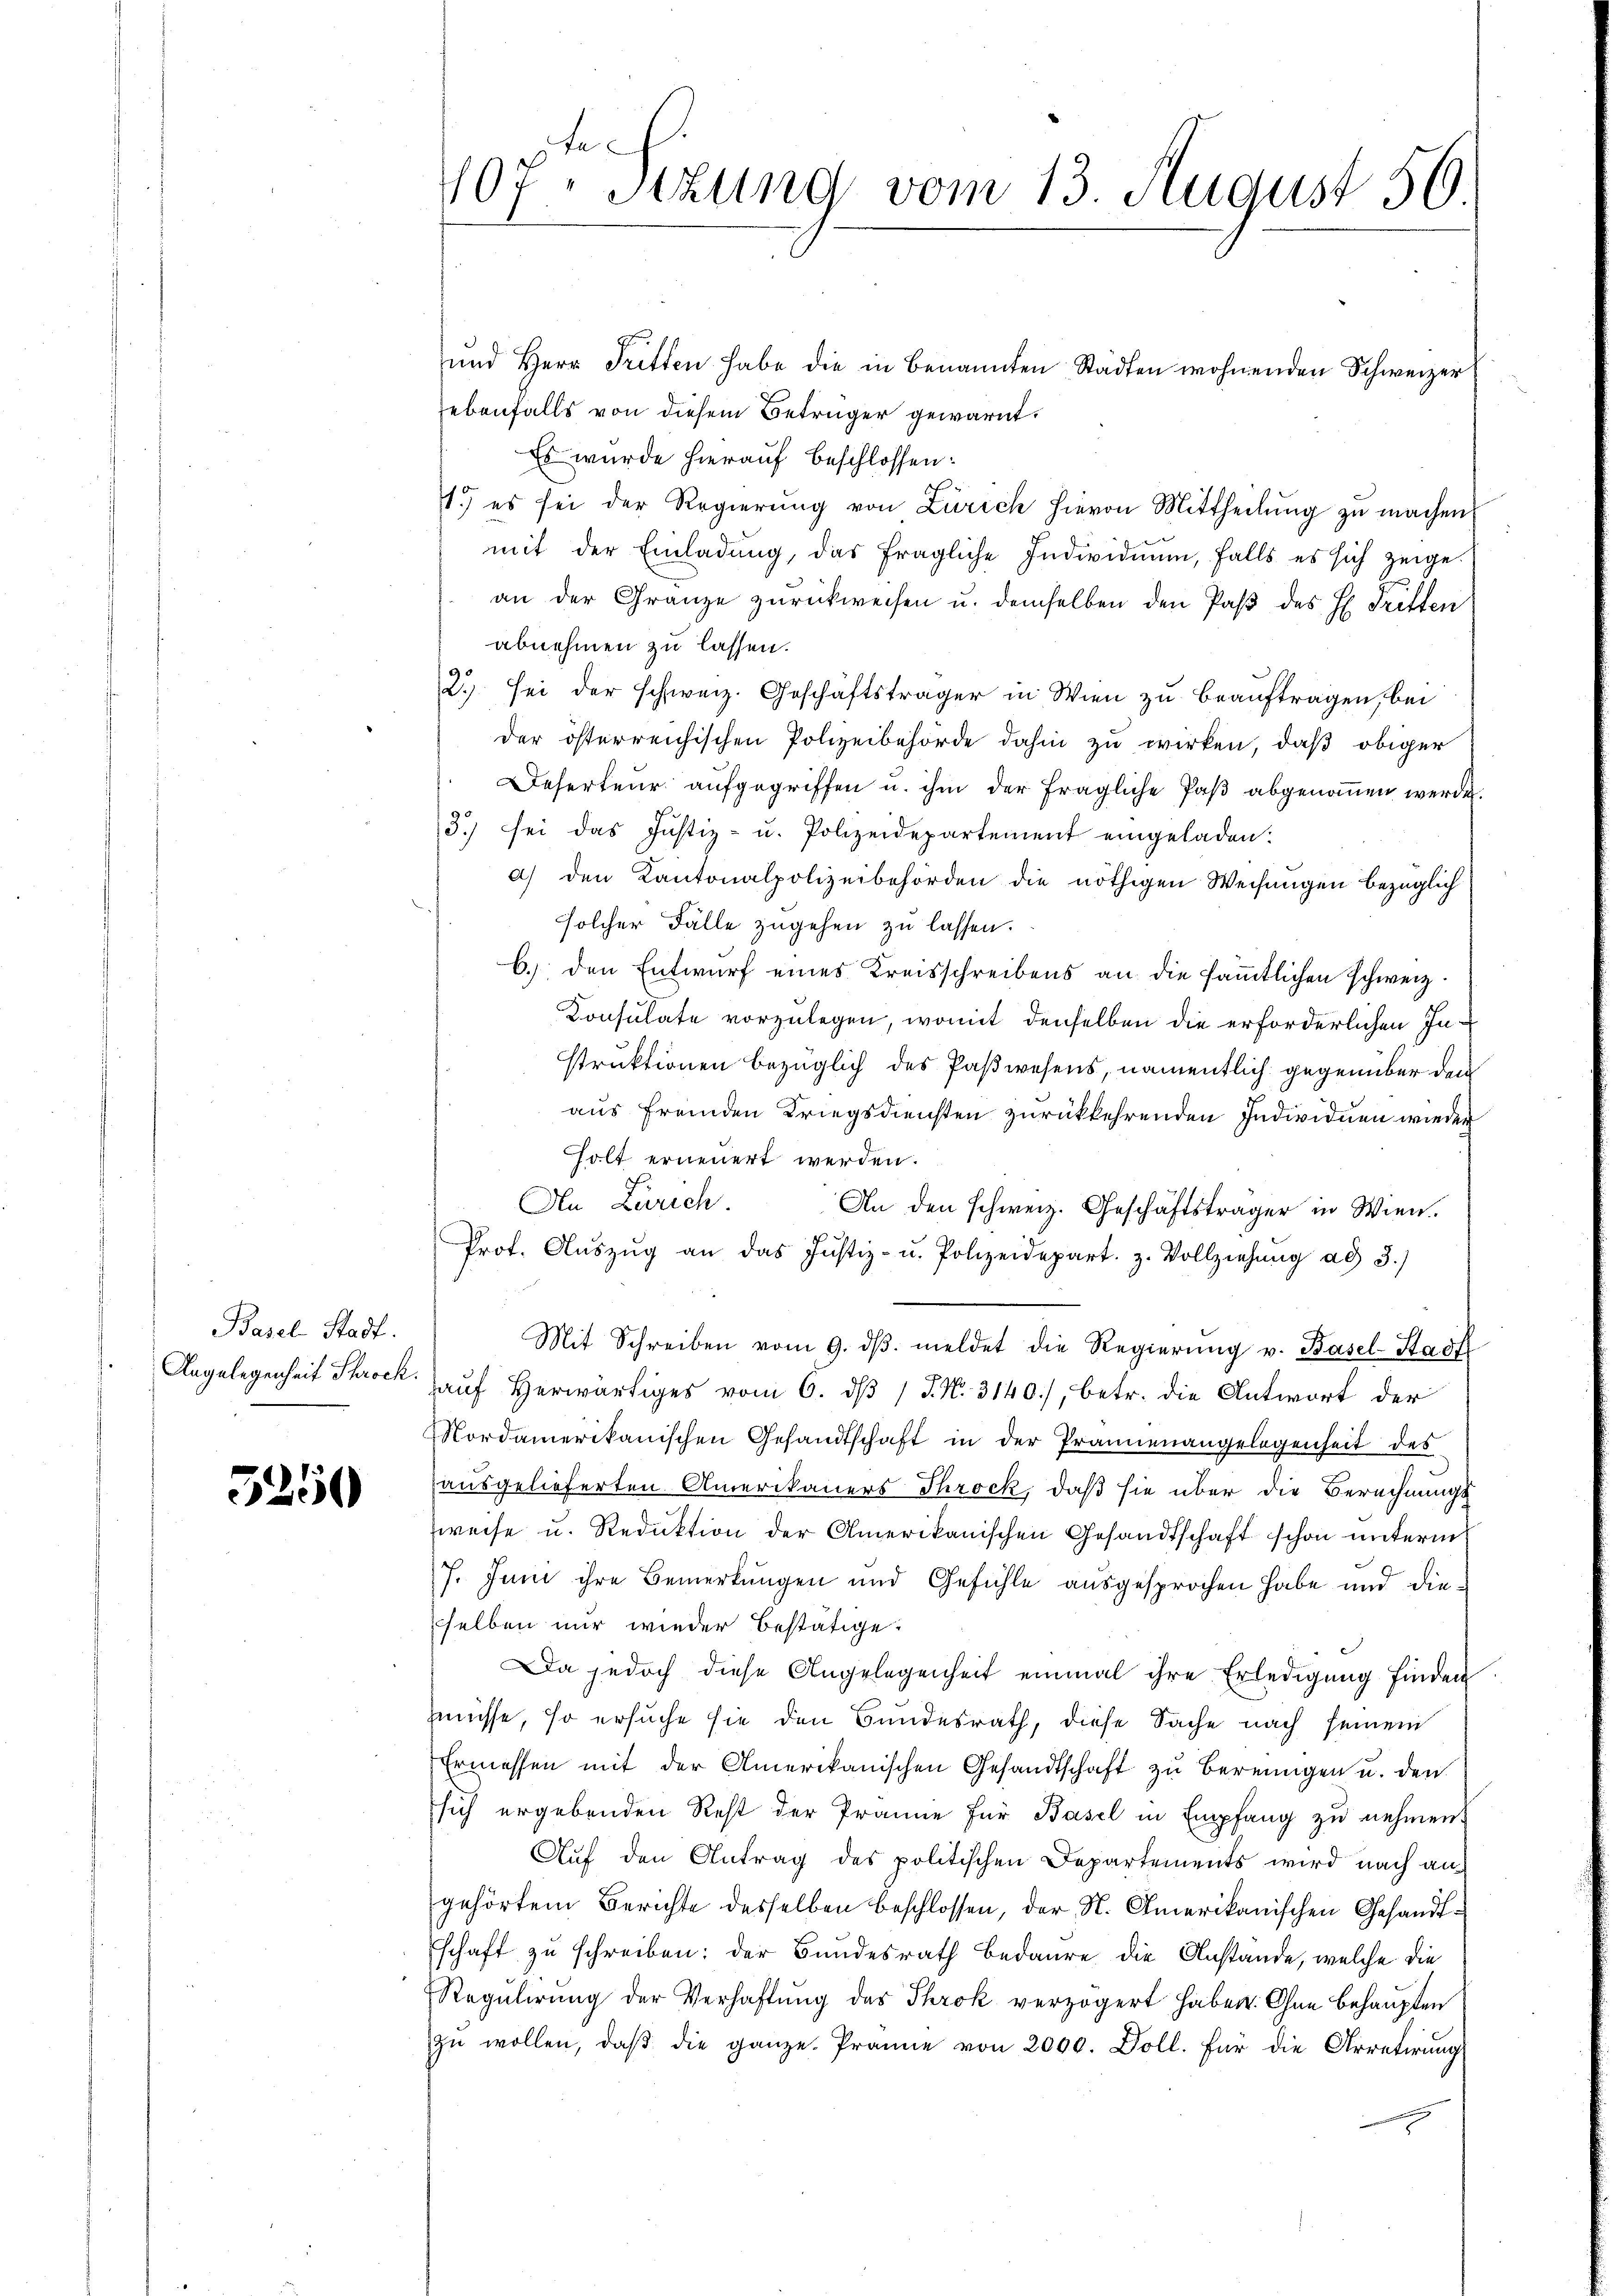
Basel-Stadt.
Angelegenheit Schrock.

5250

te
407. Sitzung vom 13. August 50.

und Herr Tretten habe die in benannten Städten wohnenden Schweizer
ebenfalls von diesem Betrüger gewarnt.
Es wurde hierauf beschlossen:
.
1.) es sei der Regierŭng von Zürich hievon Mittheilŭng zŭ machen,
mit der Einladung, das fragliche Individuum, falls es sich zeige.
an der Gränze zŭrückweisen u. demselben den Paß des H. Tritten
abnehmen zu lassen.
2.) sei der schweiz. Geschäftsträger in Wien zu beauftragen, bei
der österreichischen Polizeibehörde dahin zu wirken, daß obiger
Deserteur aufgegriffen u. ihm der fragliche Paß abgenoṁen werde.
3.) sei das Justiz- u. Polizeidepartement eingeladen:
a) den Kantonalpolizeibehörden die nöthigen Weisungen bezüglich
solcher Fälle zugehen zu lassen.
b.) den Entwurf eines Kreisschreibens an die sämmtlichen Schweiz.
Konsulate vorzulegen, womit denselben die erforderlichen Instruktionen bezüglich des Paßwesens, namentlich gegenüber den
aus fremden Kriegsdiensten zurückkehrenden Individuen wieder
holt erneuert werden.
An Zürich
An den schweiz. Geschäftsträger in Wien.
Prot. Aŭszŭg an das Justiz- u. Polizeidepart. z. Vollziehŭng ad 3.)
Mit Schreiben vom 9. dβ. meldet die Regierŭng v. Basel-Stadt
auf herwärtiges vom 6. dβ / J. N. 3140), betr. die Antwort der
ordamerikanischen Gesandtschaft in der Pränenangelegenheit des
ausgelieferten Amerikaners Throck, daß sie über die Berechnungs-
weise u. Reduktion der Amerikanischen Gesandtschaft schon unterm
7. Juni ihre Bemerkungen und Gefühle ausgesprochen habe und diesselben nur wieder bestätige.
Da jedoch diese Angelegenheit einmal ihre Erledigung finden
müsse, so ersuche sie den Bundesrath, diese Sache nach seinem
Ermessen mit der Amerikanischen Gesandtschaft zu bereingen u. den
sich ergebenden Rest der Prämie für Basel in Empfang zu nehmen.
Auf den Antrag des politischen Departements wird nach an
gehörtem Berichte desselben beschlossen, der N. Amerikanischen Gesandtschaft zu schreiben; der Bundesrath bedaure die Anstände, welche die
Regulirung der Verhaftung des Throk verzögert haben. Ohne behaupten
zŭ wollen, daβ die ganze Prämie von 2000. Doll. Für die Arretirung